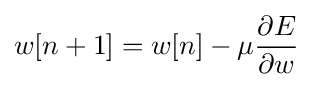
w[n+1]=w[n]-\mu {\frac {\partial E}{\partial w}}